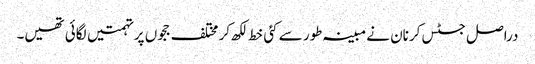
دراصل جسٹس کرنان نے مبینہ طور سے کئی خط لکھ کر مختلف ججوں پر تہمتیں لگائی تھیں۔